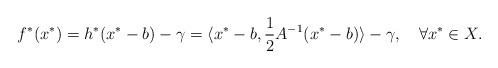
LaTeX: \begin{align*}f^*(x^*)=h^*(x^*-b)-\gamma=\langle x^*-b, \frac{1}{2} A^{-1}(x^*-b)\rangle-\gamma,\quad\forall x^*\in X. \end{align*}